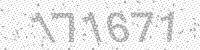
Solution: 171671